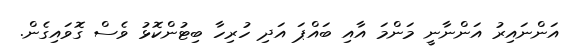
އަންނައިރު އަންނާނީ މަންމަ އާއި ބައްޕަ އަދި ހުރިހާ ބިޓުންކޮޅު ވެސް ގޮވައިގެން.